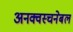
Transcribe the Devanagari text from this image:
अनक्वस्चनेबल